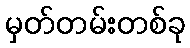
မှတ်တမ်းတစ်ခု